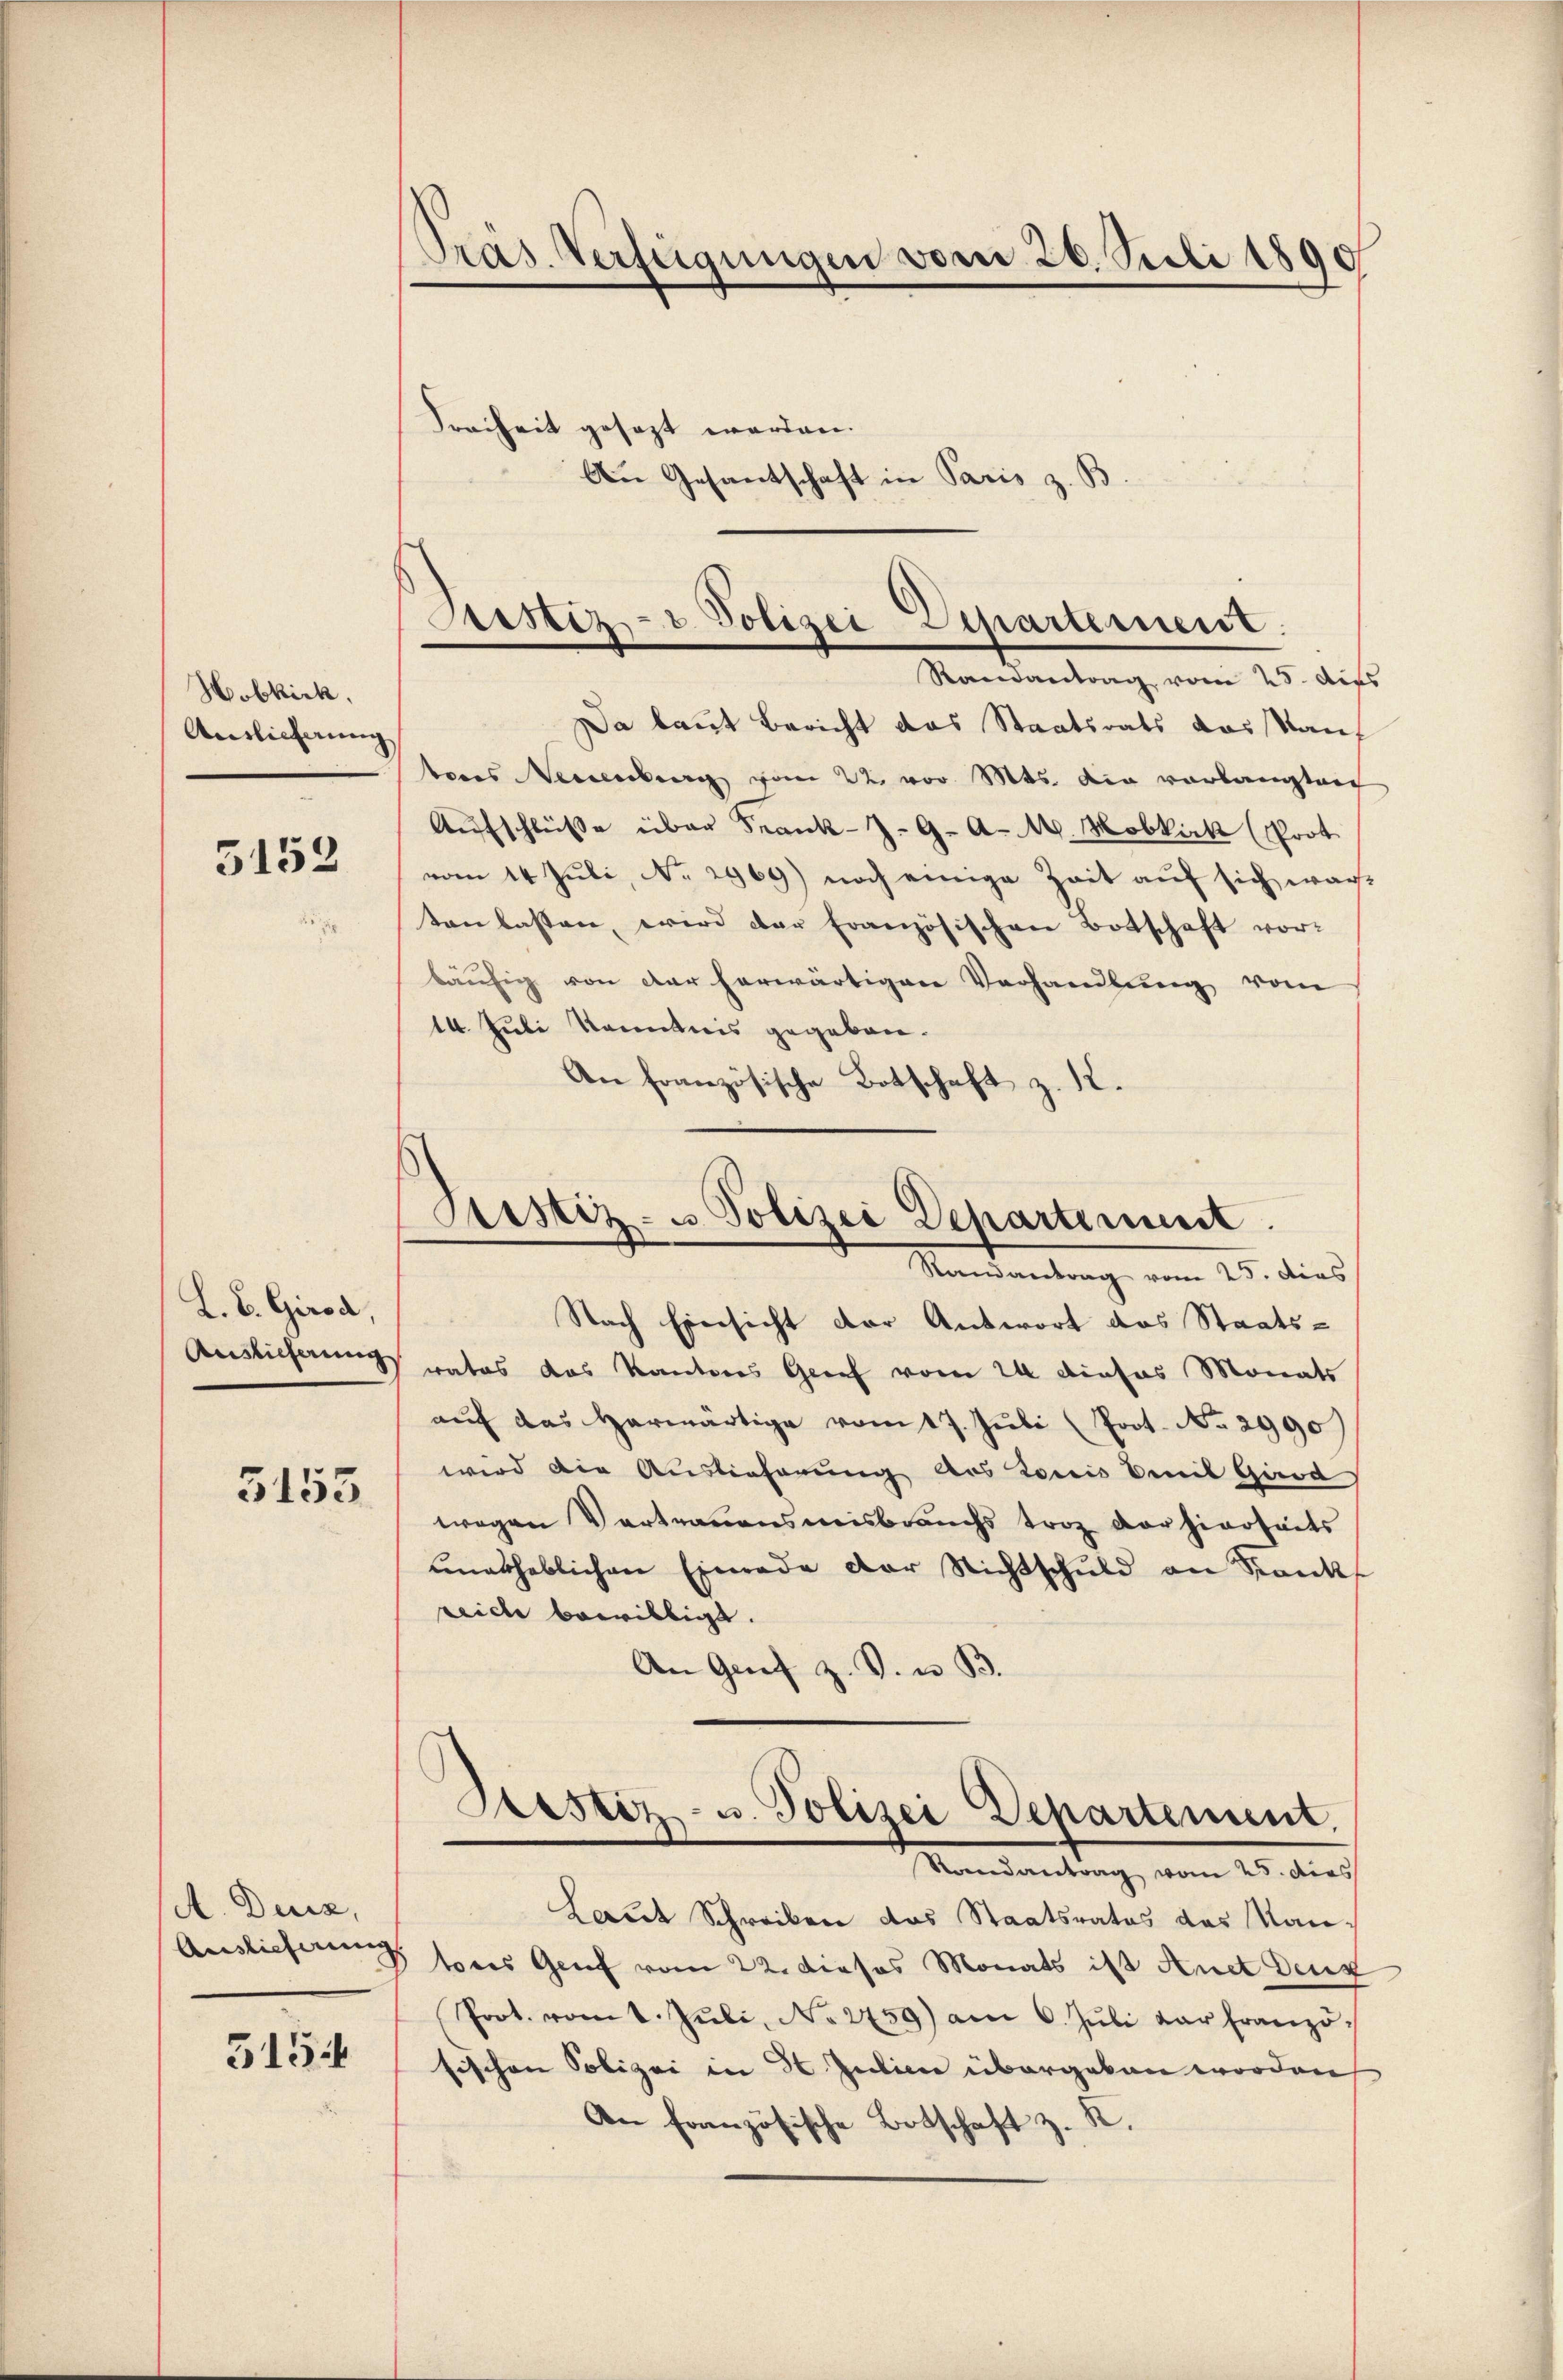
Hobkirk.
Auslieferung

5152

L. B. Girod,
Auslieferung

3155

A. Denz,
Auslieferung

515

Präs. Verfügungen vom 26. Juli 1890
Freiheit gesezt werden.
An Gesantschaft in Paris z. B.

Austiz- & Polizei Departement.
Randantrag vom 25. der
Da laut Bericht das Staatsrats das Kan¬

Justiz- u Polizei Departement.
Mandantung vom 25. dies

tons Neuenburg vom 22. vor. Mts. die vorlangten
Aŭfschlüße über Frank-Z. G. A. M. Moblick (Prot
vom 14. Juli, No. 2969) noch einige Zeit aŭf sich war,
ton lassen, wird der französischen Botschaft vor-
läufig von der herwärtigen Verhandlung vom
14. Juli Kenntnis gegeben.
An französische Botschaft z. K.
Nach Einsicht der Antwort das Staats-
rates das Kantons Grief vom 24 dieses Monats
aŭf das herwärtige vom 17. Juli (Poot. No. 2990
wird die Auslieferung des Louis mit Girod
wegen Vertrauensmisbrauchs trag der hierseits
unabheblichen Einrade der Nichtschuld an Kranks
reich bewilligt.
An Genf z. B. u. B.
Sistiz- u. Polizei Departement.
Vandantung, vom 25. dies
Laut Schreiben das Staatsrates das Man-
tres Genf vom 22. dieses Monats ist Anct deux
Prot. vom 1. Jŭli, No 2759) am 6. Jŭli dar franzö
fischen Polizei in St. Julien übergeben worden
An französische Botschaft z. K.